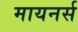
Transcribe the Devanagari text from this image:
मायनर्स